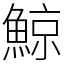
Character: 鯨